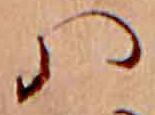
ハ